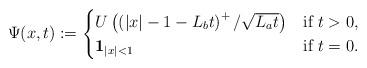
LaTeX: \begin{align*}\Psi(x,t):=\begin{cases}U \left(\left(|x|-1-L_b t\right)^+/\sqrt{L_a t}\right) & \mbox{if $t >0$},\\\mathbf{1}_{|x|<1} & \mbox{if $t=0$}.\end{cases}\end{align*}